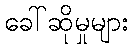
ခေါ်ဆိုမှုများ